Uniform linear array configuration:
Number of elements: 48
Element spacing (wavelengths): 0.5
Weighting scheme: hann
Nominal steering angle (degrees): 45
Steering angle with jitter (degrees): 46.678
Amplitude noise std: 0.05
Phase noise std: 0.05

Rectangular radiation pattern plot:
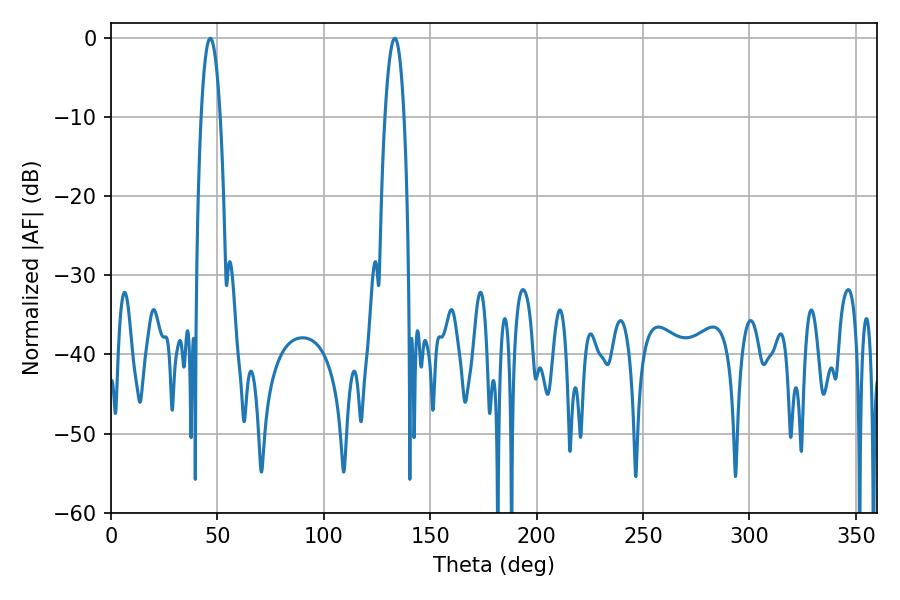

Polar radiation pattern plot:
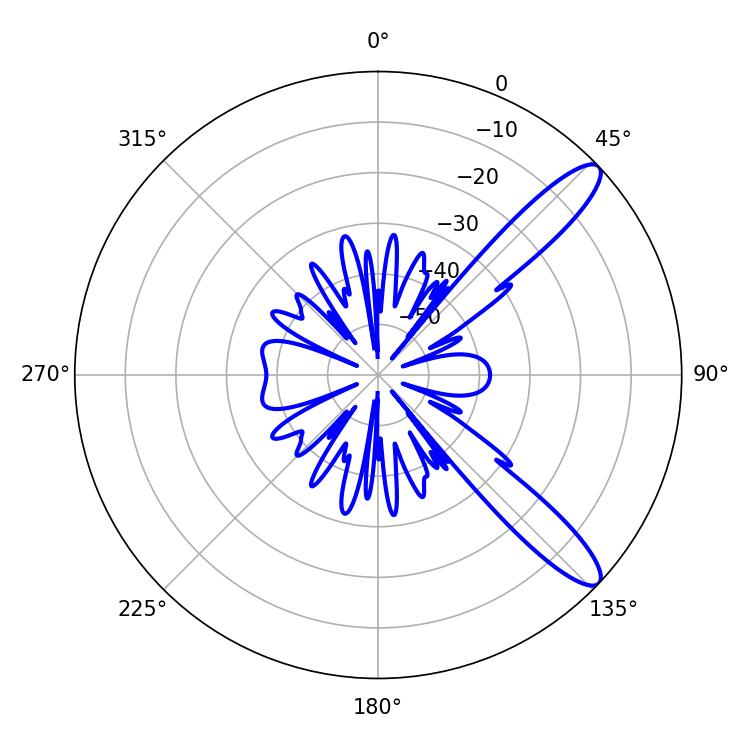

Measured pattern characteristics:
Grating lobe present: FALSE
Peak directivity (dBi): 11.67
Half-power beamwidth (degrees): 4.86
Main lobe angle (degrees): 46.62